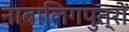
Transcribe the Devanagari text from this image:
नाबालिगपुत्रों